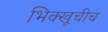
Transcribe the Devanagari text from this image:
भिक्खूचीच